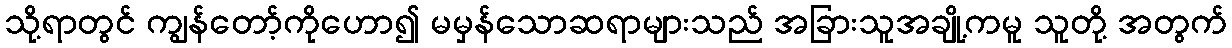
သို့ရာတွင် ကျွန်တော့်ကိုဟော၍ မမှန်သောဆရာများသည် အခြားသူအချို့ကမူ သူတို့ အတွက်